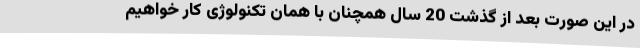
در این صورت بعد از گذشت 20 سال همچنان با همان تکنولوژی کار خواهیم